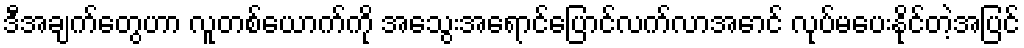
ဒီအချက်တွေဟာ လူတစ်ယောက်ကို အသွေးအရောင်ပြောင်လက်လာအောင် လုပ်မပေးနိုင်တဲ့အပြင်